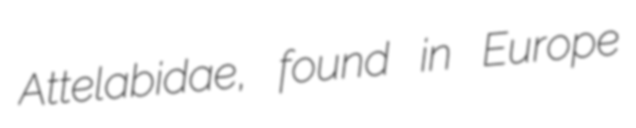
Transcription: Attelabidae, found in Europe